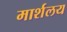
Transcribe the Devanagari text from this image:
मार्शलय